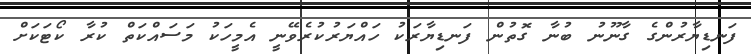
ފަނޑިޔާރުންގެ ގާނޫނު ބުނާ ގޮތުން ފަނޑިޔާރަކު ހައްޔަރުކުރެވޭނީ އެމީހަކު މަސައްކަތް ކުރާ ކޯޓަކަށް